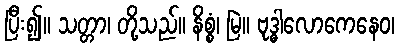
ပြီး၍။ သတ္တာ၊ တို့သည်။ နိစ္စံ၊ မြဲ။ ဗုဒ္ဓါလောကေနေဝ၊